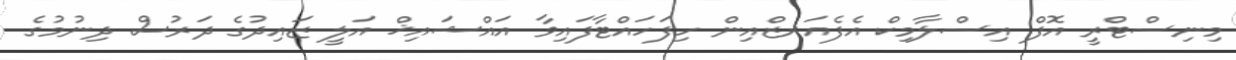
މިނިސްޓްރީ އޮފް އިސްލާމިކް އެފެއަރޒްއިން ހިފަހައްޓާފައިވާ އައްޝައިޚް އަލީ ޒައިދުގެ ދަރުސް ދިނުމުގެ